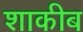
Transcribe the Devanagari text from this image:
शाकीब